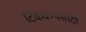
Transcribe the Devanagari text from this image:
टिकवण्यसाठी